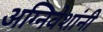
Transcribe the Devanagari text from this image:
अग्निवेशांनी